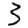
Digit: 3